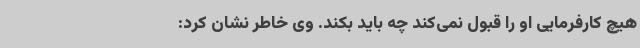
هیچ کارفرمایی او را قبول نمی‌کند چه باید بکند. وی خاطر نشان کرد: